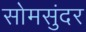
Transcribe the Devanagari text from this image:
सोमसुंदर